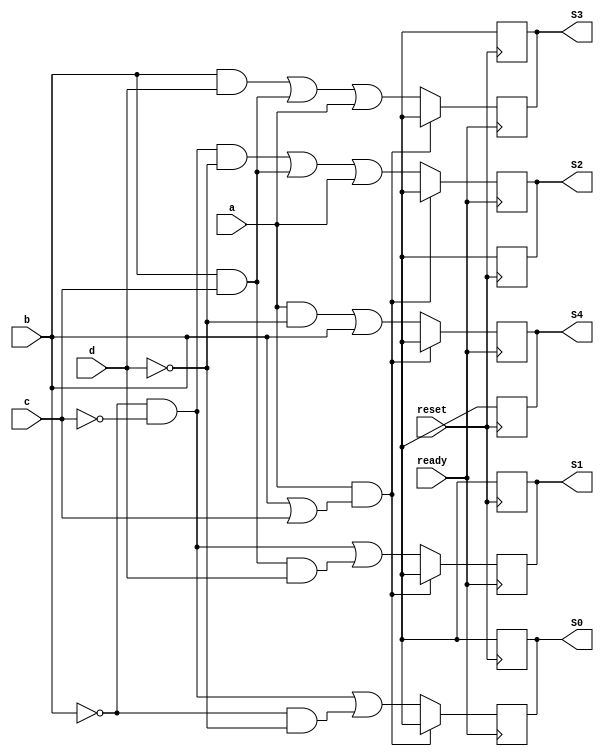
module CaesarEncoder(ready, reset, a, b, c, d, S0, S1, S2, S3, S4);

    //Declarao das entradas e sadas
    input a, b, c, d, ready, reset;
    output reg S0, S1, S2, S3, S4;
    //Declarao dos fios intermeririos
    reg fio1, fio2, fio3, fio4, fio5, fio6, fio7, fio8, fio9;
    always @(posedge reset) begin
        S0 <= 1'bx;
        S1 <= 1'bx;
        S2 <= 1'bx;
        S3 <= 1'bx;
        S4 <= 1'bx;
    end
    always @(posedge ready) begin

    //Funcionamento do circuito
        if (a && (b || c)) begin
            S0 <= 1'bx;
            S1 <= 1'bx;
            S2 <= 1'bx;
            S3 <= 1'bx;
            S4 <= 1'bx;
        end else begin
            fio1 = a & ~d;
            S4 = fio1 | b;
            fio2 = b & d;
            fio3 = b & c;
            S3 = fio2 | fio3 | a;
            fio4 = ~b & ~c & ~d;
            fio5 = b & c;
            S2 = fio4 | fio5 | a;
            fio6 = ~b & ~c;
            fio7 = b & c & d;
            S1 = fio6 | fio7;
            fio8 = ~b & ~c;
            fio9 = ~b & ~d;
            S0 = fio8 | fio9;
        end

    end

endmodule

module testbench;

    reg [3:0] entrada;
    reg reset, ready;
    wire [4:0] saida;
    CaesarEncoder Codificador (.ready(ready), .reset(reset), .a(entrada[3]), .b(entrada[2]), .c(entrada[1]), .d(entrada[0]), .S0(saida[0]), .S1(saida[1]), .S2(saida[2]), .S3(saida[3]), .S4(saida[4]));
    initial begin

        $monitor("Entrada:\n%1b %1b %1b %1b\nSaida:\n%1b %1b %1b %1b %1b\n", entrada[3], entrada[2], entrada[1], entrada[0], saida[4], saida[3], saida[2], saida[1], saida[0]);

        #0 entrada = 4'b0000;
        #1 entrada = 4'b0001;
        #1 entrada = 4'b0010;
        #1 entrada = 4'b0011;
        #1 entrada = 4'b0100;
        #1 entrada = 4'b0101;
        #1 entrada = 4'b0110;
        #1 entrada = 4'b0111;
        #1 entrada = 4'b1000;
        #1 entrada = 4'b1001;
        #1 entrada = 4'b1011;
        #1 ready = 1'b1;
        #50 $finish;
        end
endmodule